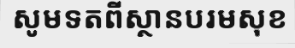
សូមទតពីស្ថានបរមសុខ